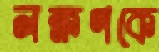
লক্ষণকে